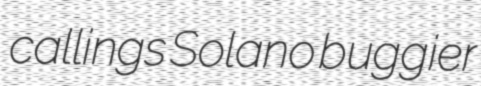
callings Solano buggier